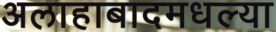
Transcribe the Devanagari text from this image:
अलाहाबादमधल्या